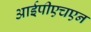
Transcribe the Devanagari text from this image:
आईपीएचएन